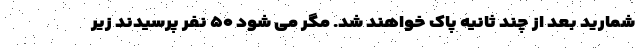
شمارید بعد از چند ثانیه پاک خواهند شد. مگر می شود ۵۰ نفر پرسیدند زیر